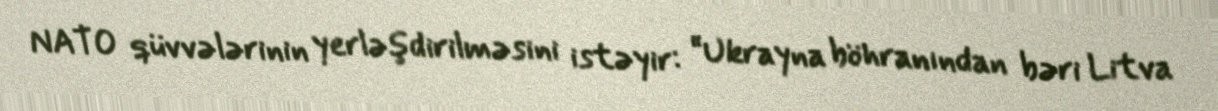
NATO qüvvələrinin yerləşdirilməsini istəyir: “Ukrayna böhranından bəri Litva